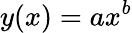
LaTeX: y(x)=ax^{b}